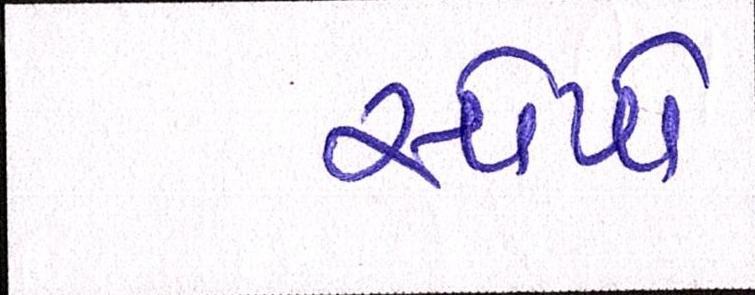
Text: સોપો